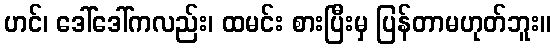
ဟင်၊ ဒေါ်ဒေါ်ကလည်း၊ ထမင်း စားပြီးမှ ပြန်တာမဟုတ်ဘူး။